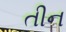
તીન